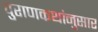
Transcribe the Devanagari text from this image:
पुराणकथांनुसार